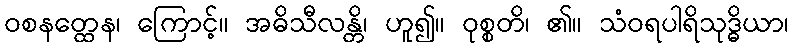
ဝစနတ္ထေန၊ ကြောင့်။ အဓိသီလန္တိ၊ ဟူ၍။ ဝုစ္စတိ၊ ၏။ သံဝရပါရိသုဒ္ဓိယာ၊